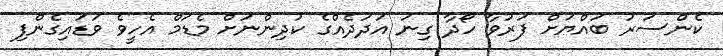
ކެންސަރު ބައްޔަށް ފަރުވާ ހޯދާ ގިނަ އަދަދެއްގެ ކުދިންނަށް މެޑަމް އެހީވެ ވަޑައިގެންފި